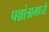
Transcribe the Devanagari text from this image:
पश्चांत्रामध्ये